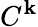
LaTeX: C^{\mathbf{k}}